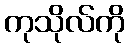
ကုသိုလ်ကို